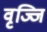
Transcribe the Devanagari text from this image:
वृज्जि